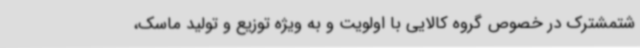
شتمشترک در خصوص گروه کالایی با اولویت و به ویژه توزیع و تولید ماسک،